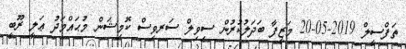
ތަފްސީލް 2019-05-20 މަޒީފާ ބަދަލުކުރުން ސިވިލް ސަރވިސް ކޮމިޝަން މުޙައްމަދު ޢަލީ ރޫބީ